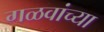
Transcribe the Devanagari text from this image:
गळवांच्या